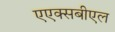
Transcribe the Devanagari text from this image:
एएक्सबीएल